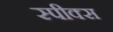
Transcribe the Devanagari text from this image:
स्पीक्स